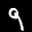
Label: 9